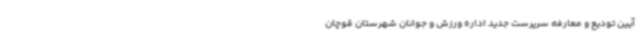
آیین تودیع و معارفه سرپرست جدید اداره ورزش و جوانان شهرستان قوچان